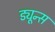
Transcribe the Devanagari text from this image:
ड्यून्स